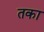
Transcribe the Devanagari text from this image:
तका